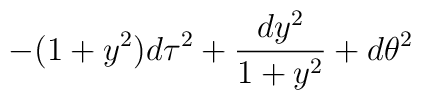
-(1+y^2) d\tau^2 +  {dy^2 \over  1+y^2}  +  d\theta^2